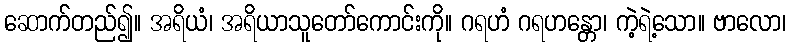
ဆောက်တည်၍။ အရိယံ၊ အရိယာသူတော်ကောင်းကို။ ဂရဟံ ဂရဟန္တော၊ ကဲ့ရဲ့သော။ ဗာလော၊